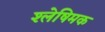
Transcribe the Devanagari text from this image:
श्लेषिमक